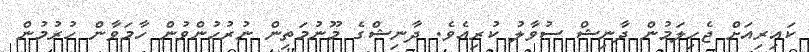
ކައިރިއަށް ޖެހިލަމުން ދާނިޝް ސުވާލު ކުރިއެވެ. ދާނިޝްގެ މޫނުމަތިން ނުރުހުންވުން ހާމަވާން ހުރުމުން